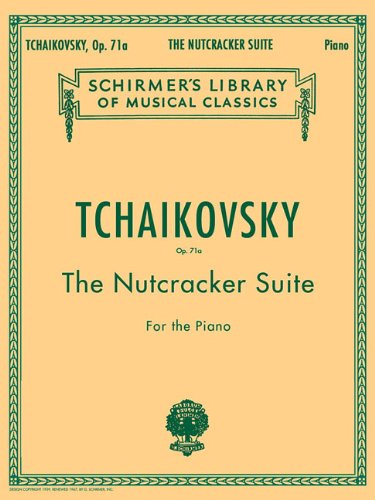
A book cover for The Nutcracker Suite for the Piano, Op. 71a (Library Vol. 1447); Humor & Entertainment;